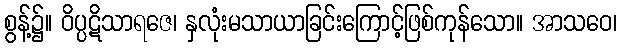
စွန့်၌။ ဝိပ္ပဋိသာရဇေ၊ နှလုံးမသာယာခြင်းကြောင့်ဖြစ်ကုန်သော။ အာသဝေ၊